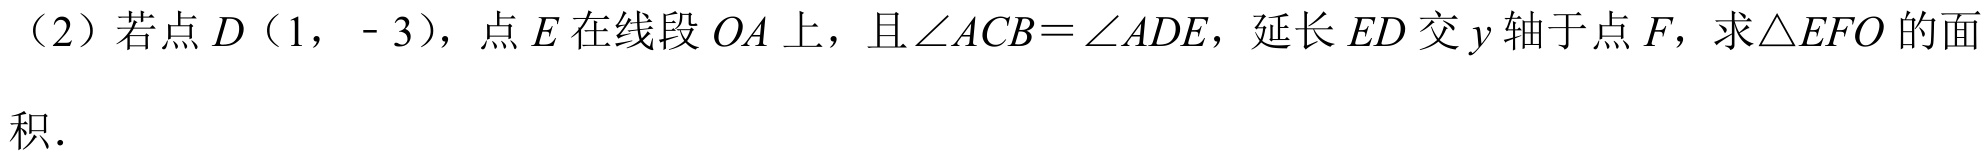
（2）若点\(D（1，-3）\)，点\(E\)在线段\(OA\)上，且\(\angle ACB=\angle ADE\)，延长\(ED\)交\(y\)轴于点\(F\)，求\(\triangle EFO\)的面
积．